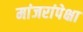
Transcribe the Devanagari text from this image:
मांजरांपेक्षा